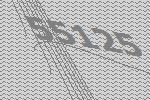
55125